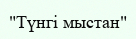
"Түнгі мыстан"